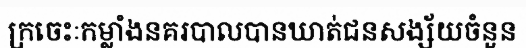
ក្រចេះៈកម្លាំងនគរបាលបានឃាត់ជនសង្ស័យចំនួន